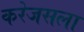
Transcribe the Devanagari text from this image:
करेजसला